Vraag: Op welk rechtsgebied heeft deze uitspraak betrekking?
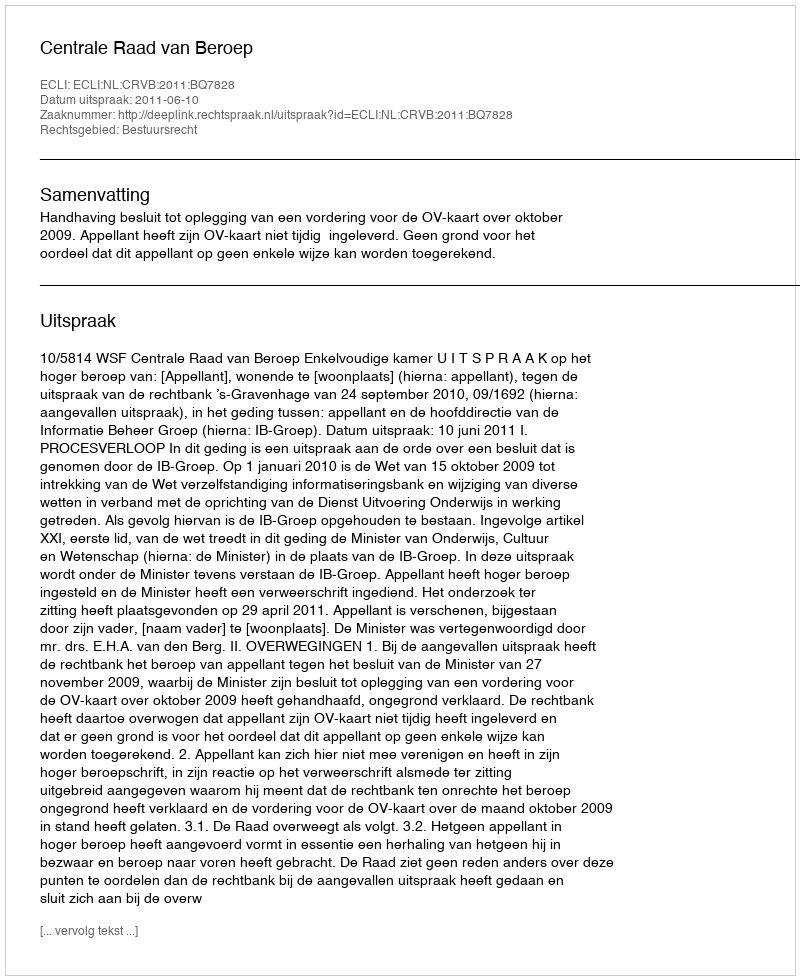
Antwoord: Bestuursrecht